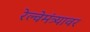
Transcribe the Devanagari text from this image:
रेल्वेमंत्र्यावर